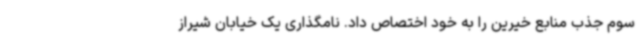
سوم جذب منابع خیرین را به خود اختصاص داد. نامگذاری یک خیابان شیراز